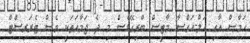
ހަމާސް އާއި އަލް-އަގްސާ މާޓީސް ބްރިގޭޑްސް މި ދެ ޖަމާއަތަކީ ވެސް ޓެރަރިސްޓް